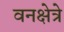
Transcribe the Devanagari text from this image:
वनक्षेत्रे